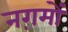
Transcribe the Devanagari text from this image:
नग़मों